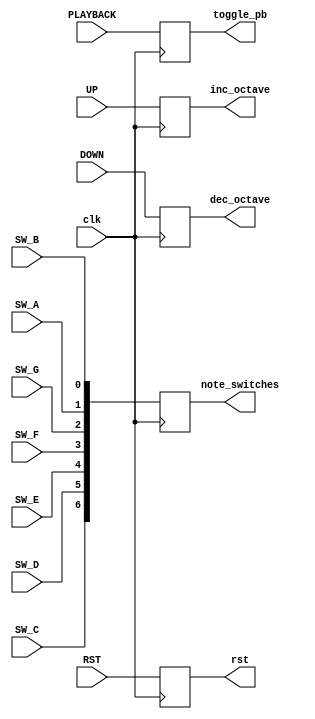
module debounced
  (
    clk,
    SW_C, SW_D, SW_E, SW_F, SW_G, SW_A, SW_B,
    RST, PLAYBACK, UP, DOWN,
    note_switches, rst, toggle_pb, inc_octave, dec_octave
  );

  input clk;

  input SW_C;
  input SW_D;
  input SW_E;
  input SW_F;
  input SW_G;
  input SW_A;
  input SW_B;

  input RST;
  input PLAYBACK;
  input UP;
  input DOWN;

  output reg [6:0] note_switches;

  output reg rst;
  output reg toggle_pb;
  output reg inc_octave;
  output reg dec_octave;

  always @ (posedge clk) begin
    note_switches <= {
      SW_C, SW_D, SW_E, SW_F, SW_G, SW_A, SW_B
    };
    
    rst <= RST;
    toggle_pb <= PLAYBACK;
    inc_octave <= UP;
    dec_octave <= DOWN;
  end
endmodule